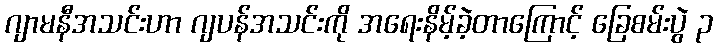
ဂျာမနီအသင်းဟာ ဂျပန်အသင်းကို အရေးနိမ့်ခဲ့တာကြောင့် ခြေစမ်းပွဲ ၃